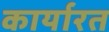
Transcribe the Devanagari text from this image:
कार्यारत